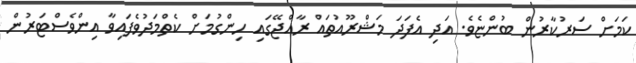
ކަމަށް ސަރުކާރުން ބުންޏެވެ. އަދި އެފަދަ މަޝްރޫއުތައް ރާއްޖޭގައި ހިންގުމަށް ކެތްމަދުވެފައިވާ އިންވެސްޓަރުން